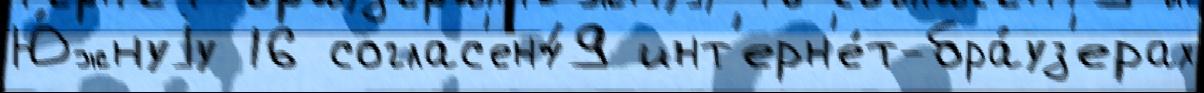
Ю́жнуjу 16 соглас'ен49 инт'ерн'е́т-бра́уз'ерах